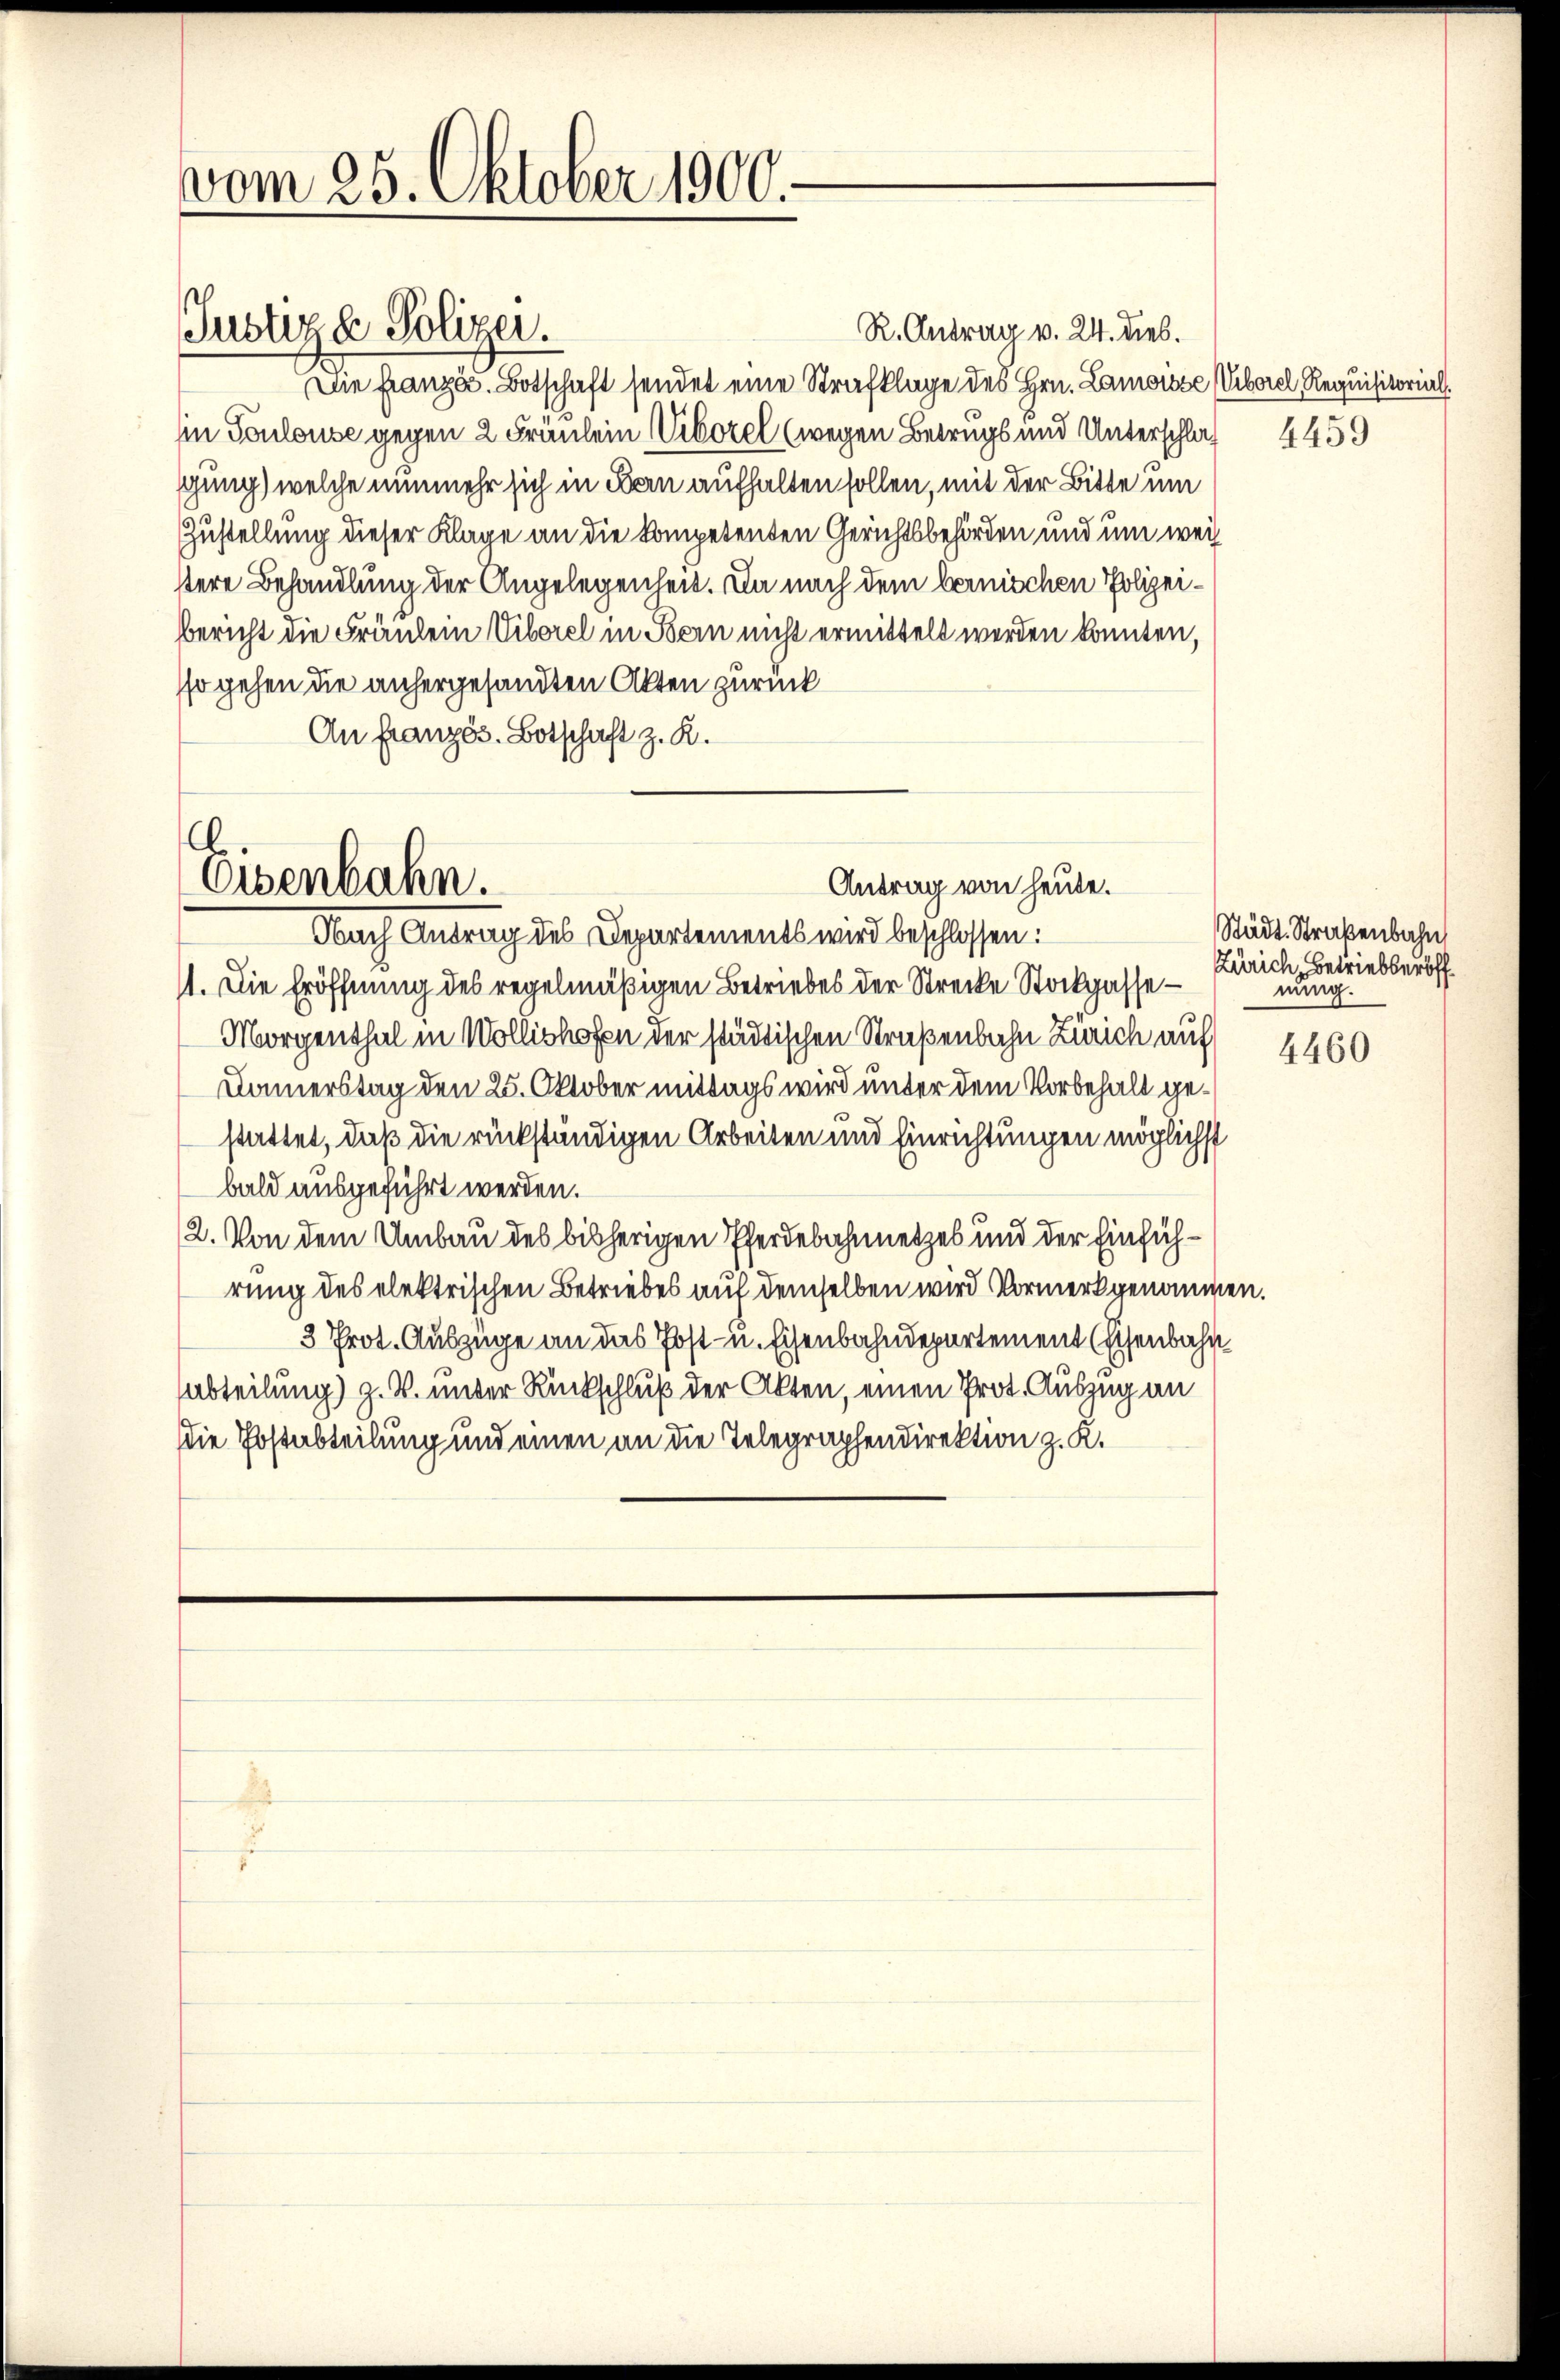
vom 25. Oktober 1900.-

Justiz & Polizei.

Eisenbahn.
Antrag von heute.
Nach Antrag des Departements wird beschlossen:

R. Antrag v. 24. dies.
Die Französ. Botschaft sendet eine Strafklage des Hrn. Lanoisse (Viborel, Requisitorialin Toulouse gegen 2 Fräulein Viborel (wegen Betrugs und Unterschlaf 4459
gung) welche nunmehr sich in den aufhalten sollen, mit der Bitte um
Zustellung dieser Klage an die kompetenten Gerichtsbehörden und um weittere Behandlung der Angelegenheit. Da nach dem bernischen Polizeibericht die Fräulein Viborel in Bern nicht ermittelt werden könnten,
sso gehen die anhergesandten Akten zurück
An Französ. Botschaft z. R.

11. Die Eröffnung des regelmäßigen Betriebes der Strecke Stockgasse¬
Morgenthal in Wollishofen der städtischen Straßenbahn Zürich auf
Domerstag den 25. Oktober mittags wird unter dem Vorbehalt gestattet, daß die rückständigen Arbeiten und Einrichtungen möglichst
bald ausgeführt werden.
2. Von dem Umbau des bisherigen Pferdebahnnetzes und der Einführung des elektrischen Betriebes auf demselben wird Vormerk genommen.
3 Prot. Auszüge an das Post- u. Eisenbahndepartement Eschenbahn
Abteilung) z. B. unter Rückschluß der Akten, einen Prot. Auszug an
Die Postabteilung und einen an die Telegraphendirektion z. K.

Städt. Straßenbahn
Zürich, Betriebserbff.
nung.

4460